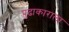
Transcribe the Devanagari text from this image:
पुढाकाराला